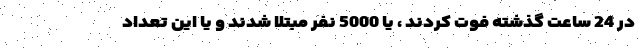
در 24 ساعت گذشته فوت کردند ، یا 5000 نفر مبتلا شدند و یا این تعداد